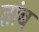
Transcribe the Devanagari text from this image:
तांब